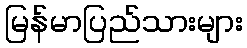
မြန်မာပြည်သားများ